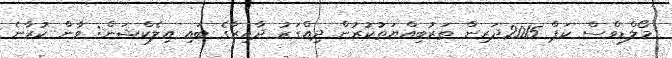
މޯލްޑިވްސް ކަޕް 2015ދަރިން ތަރުބިއްޔަތުކުރުން ދިއްގަރު ދާއިރާގެ ބައި އިލެކްޝަން: ވާން ކުރާނެ